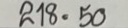
218 = 50